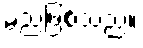
မည်ဖြစ်သည်။